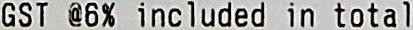
GST @6% INCLUDED IN TOTAL